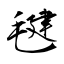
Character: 毽